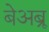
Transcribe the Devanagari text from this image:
बेअब्रू